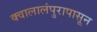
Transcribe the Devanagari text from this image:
क्वालालंपुरापासून